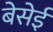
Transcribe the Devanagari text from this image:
बेसेई